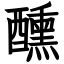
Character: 醺